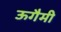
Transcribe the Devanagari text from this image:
ऊगैमी